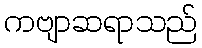
ကဗျာဆရာသည်